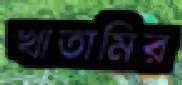
খাতামির